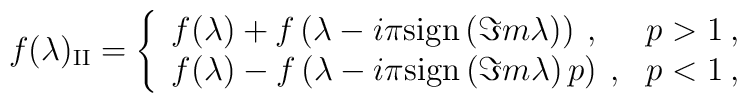
f(\lambda )_{\mathrm{II}}=\left\{ \begin{array}{ll}f(\lambda )+f\left( \lambda -i\pi \mathrm{sign}\left( \Im m\lambda \right) \right) \: , & p>1\: ,\\f(\lambda )-f\left( \lambda -i\pi \mathrm{sign}\left( \Im m\lambda \right)p \right) \: , & p<1\: ,\end{array}\right.